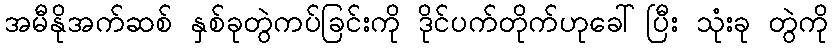
အမီနိုအက်ဆစ် နှစ်ခုတွဲကပ်ခြင်းကို ဒိုင်ပက်တိုက်ဟုခေါ်ပြီး သုံးခု တွဲကို